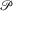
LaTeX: \scriptstyle { \mathcal { P } }